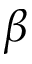
\beta